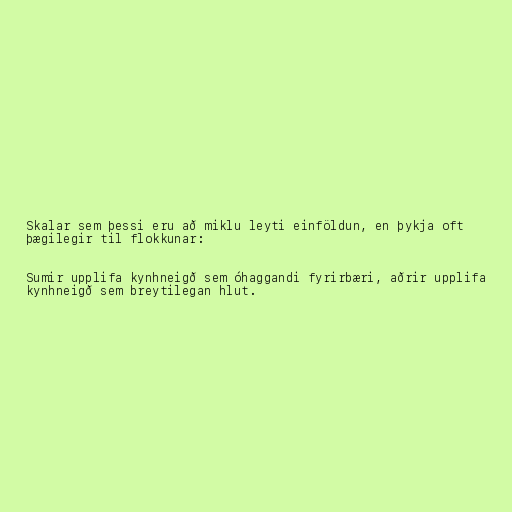
Skalar sem þessi eru að miklu leyti einföldun, en þykja oft
þægilegir til flokkunar:

Sumir upplifa kynhneigð sem óhaggandi fyrirbæri, aðrir upplifa
kynhneigð sem breytilegan hlut.